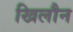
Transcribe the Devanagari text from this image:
खिलौन